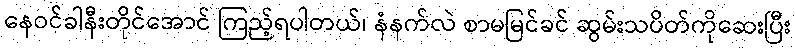
နေဝင်ခါနီးတိုင်အောင် ကြည့်ရပါတယ်၊ နံနက်လဲ စာမမြင်ခင် ဆွမ်းသပိတ်ကိုဆေးပြီး